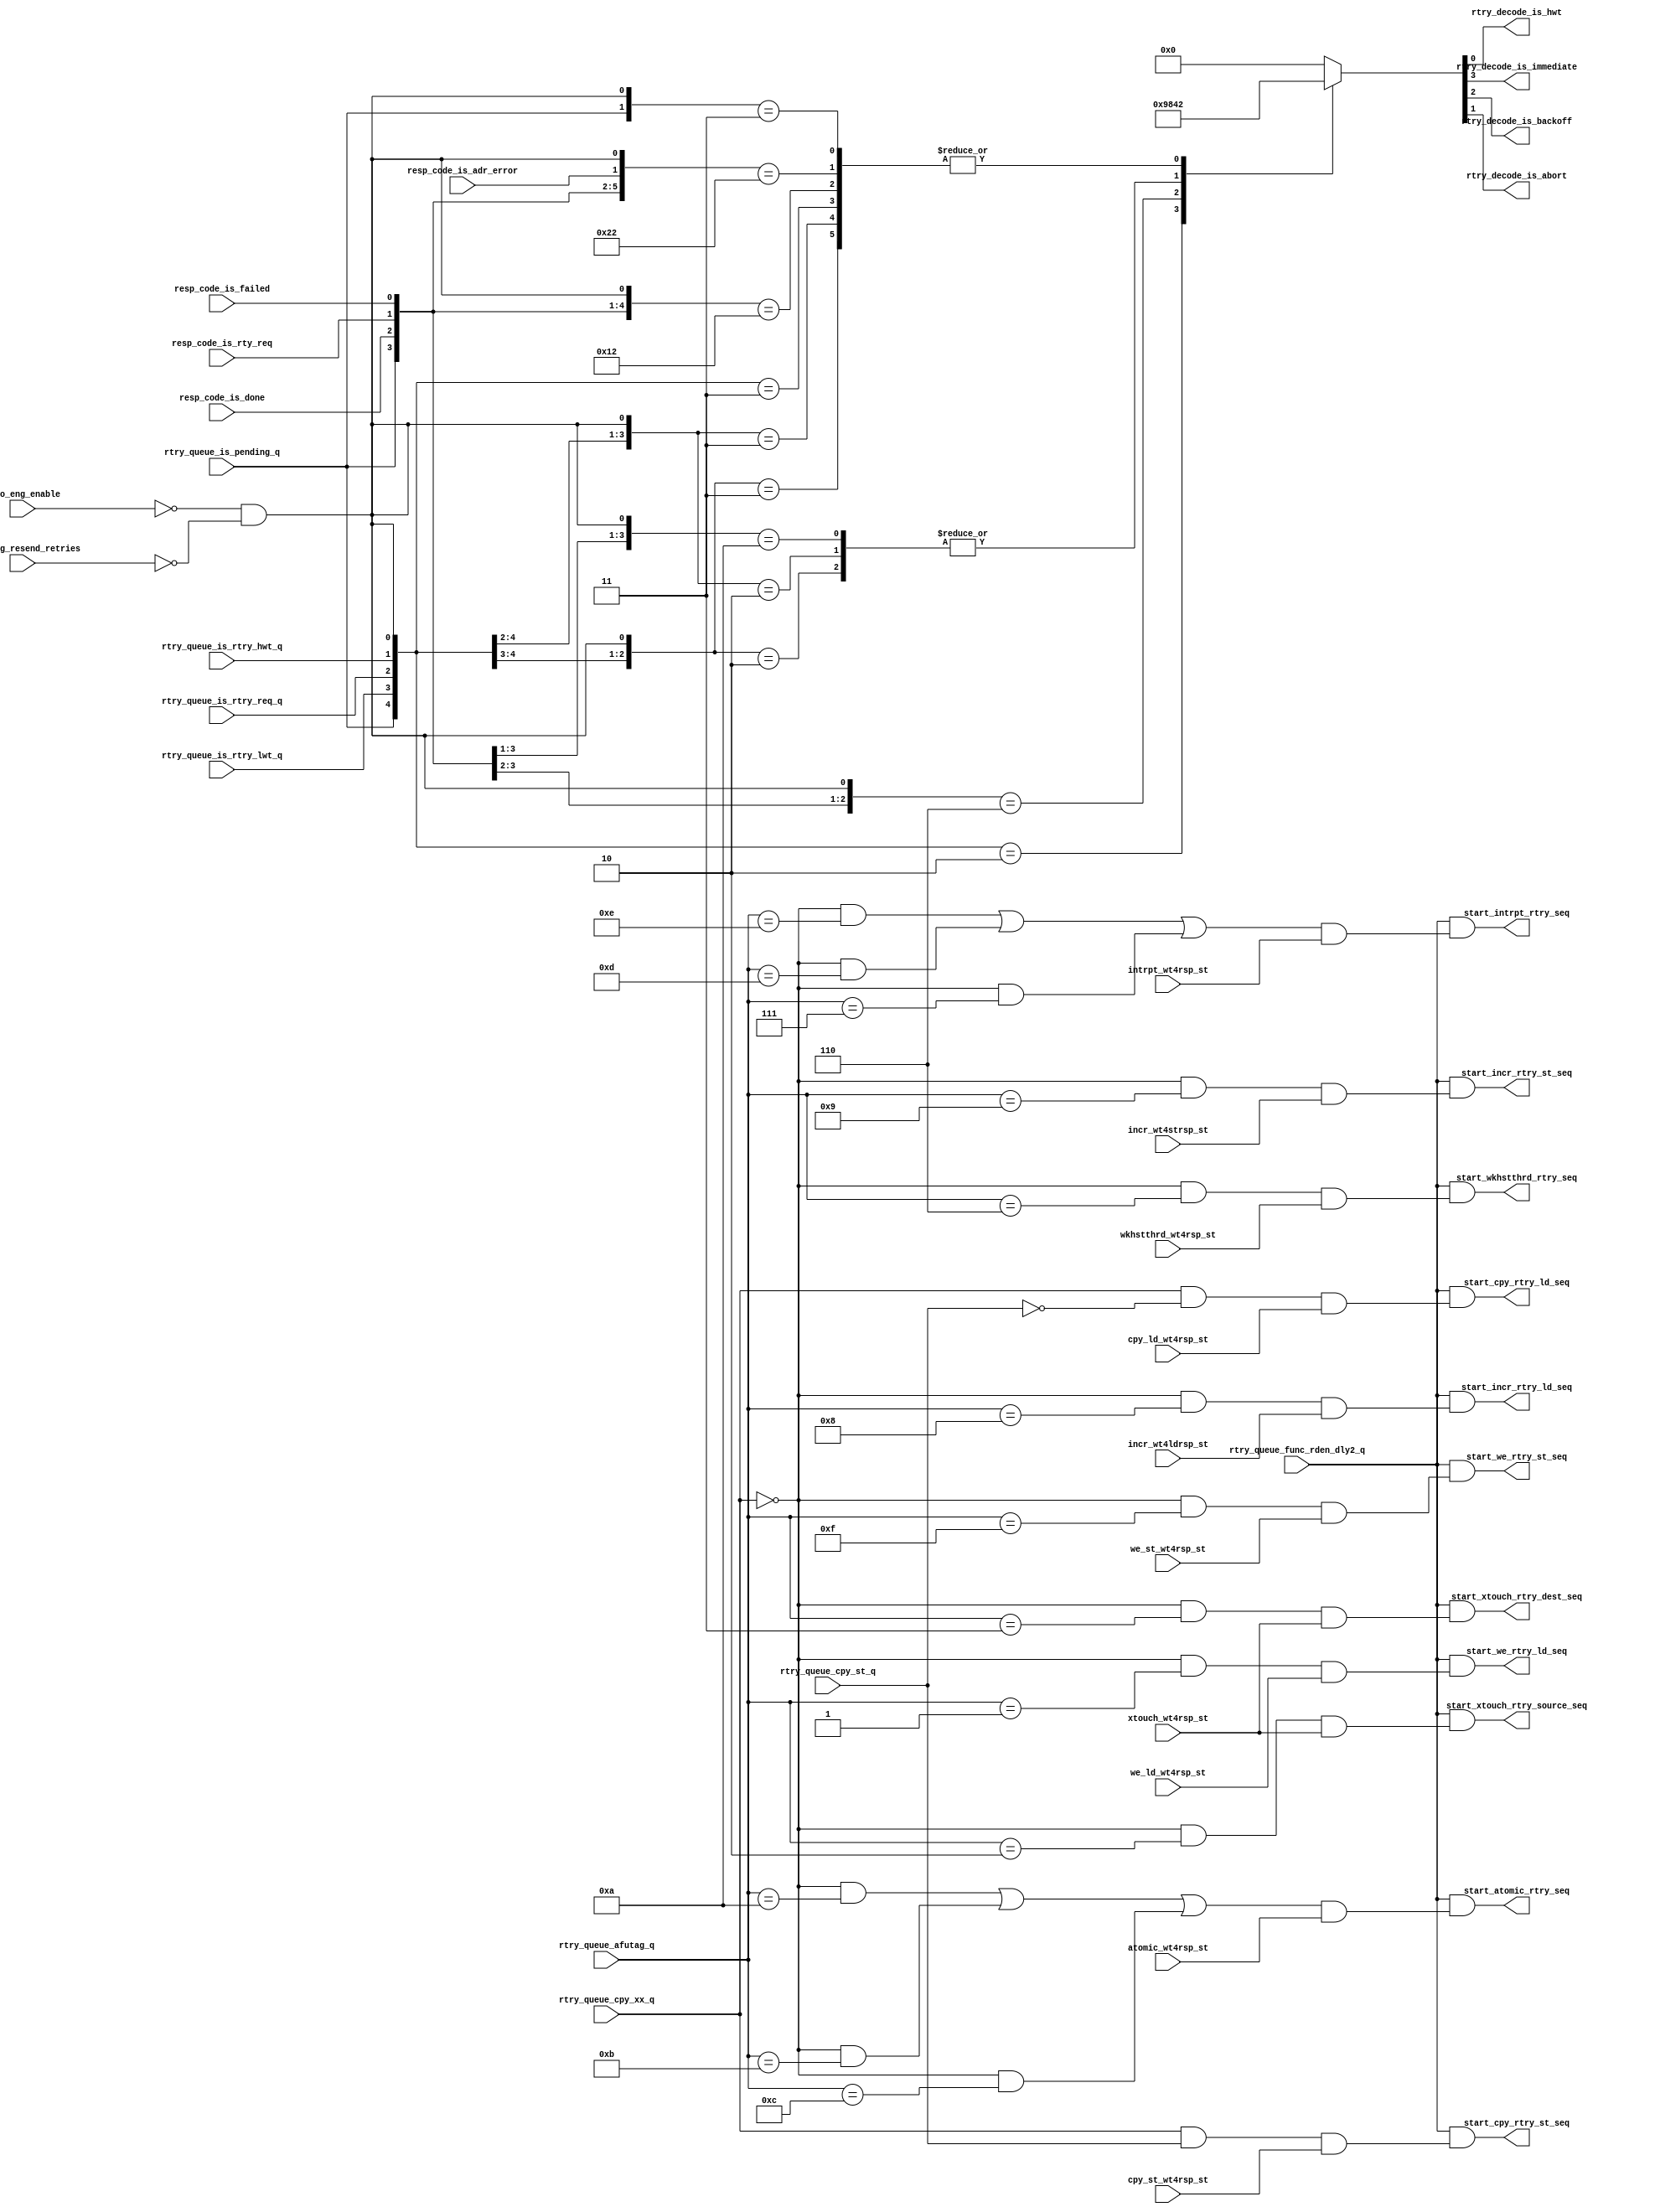
// *!***************************************************************************
// *! Copyright 2019 International Business Machines
// *!
// *! Licensed under the Apache License, Version 2.0 (the "License");
// *! you may not use this file except in compliance with the License.
// *! You may obtain a copy of the License at
// *! http://www.apache.org/licenses/LICENSE-2.0 
// *!
// *! The patent license granted to you in Section 3 of the License, as applied
// *! to the "Work," hereby includes implementations of the Work in physical form.  
// *!
// *! Unless required by applicable law or agreed to in writing, the reference design
// *! distributed under the License is distributed on an "AS IS" BASIS,
// *! WITHOUT WARRANTIES OR CONDITIONS OF ANY KIND, either express or implied.
// *! See the License for the specific language governing permissions and
// *! limitations under the License.
// *! 
// *! The background Specification upon which this is based is managed by and available from
// *! the OpenCAPI Consortium.  More information can be found at https://opencapi.org. 
// *!***************************************************************************
`timescale 1ns / 1ps

module afp3_eng_rtry_decode (
    input                 mmio_eng_enable
  , input                 mmio_eng_resend_retries

  // -- Indication that latched output of the rtry queue is valid
  , input                 rtry_queue_func_rden_dly2_q

  // -- Latched outputs from the Retry Queue Array
  , input                 rtry_queue_cpy_xx_q
  , input                 rtry_queue_cpy_st_q
  , input           [4:0] rtry_queue_afutag_q
  , input                 rtry_queue_is_pending_q
  , input                 rtry_queue_is_rtry_lwt_q
  , input                 rtry_queue_is_rtry_req_q
  , input                 rtry_queue_is_rtry_hwt_q

  // -- Raw outputs from the Resp Code Array corresponding to latched rtry queue output
  , input                 resp_code_is_done
  , input                 resp_code_is_rty_req
  , input                 resp_code_is_failed
  , input                 resp_code_is_adr_error

  // -- Sequencer states for qualifying rtry valids w/ afutags
  , input                 we_ld_wt4rsp_st
  , input                 xtouch_wt4rsp_st
  , input                 cpy_ld_wt4rsp_st
  , input                 cpy_st_wt4rsp_st
  , input                 wkhstthrd_wt4rsp_st
  , input                 incr_wt4ldrsp_st
  , input                 incr_wt4strsp_st
  , input                 atomic_wt4rsp_st
  , input                 intrpt_wt4rsp_st
  , input                 we_st_wt4rsp_st

  // -- Outputs
  , output                start_we_rtry_ld_seq
  , output                start_xtouch_rtry_source_seq
  , output                start_xtouch_rtry_dest_seq
  , output                start_cpy_rtry_ld_seq
  , output                start_cpy_rtry_st_seq
  , output                start_wkhstthrd_rtry_seq
  , output                start_incr_rtry_ld_seq 
  , output                start_incr_rtry_st_seq 
  , output                start_atomic_rtry_seq
  , output                start_intrpt_rtry_seq
  , output                start_we_rtry_st_seq

  , output                rtry_decode_is_hwt
  , output                rtry_decode_is_immediate 
  , output                rtry_decode_is_backoff
  , output                rtry_decode_is_abort

  );

  // -- ********************************************************************************************************************************
  // -- Signal declarations
  // -- ********************************************************************************************************************************

  // -- Retry Queue AFUTAG decode
  wire            rtry_queue_afutag_is_we_ld;
  wire            rtry_queue_afutag_is_xtouch_source;
  wire            rtry_queue_afutag_is_xtouch_dest;
  wire            rtry_queue_afutag_is_cpy_ld;
  wire            rtry_queue_afutag_is_cpy_st;
  wire            rtry_queue_afutag_is_wkhstthrd;
  wire            rtry_queue_afutag_is_intrpt_wht;
  wire            rtry_queue_afutag_is_incr_ld;
  wire            rtry_queue_afutag_is_incr_st;
  wire            rtry_queue_afutag_is_atomic_ld;
  wire            rtry_queue_afutag_is_atomic_st;
  wire            rtry_queue_afutag_is_atomic_cas;
  wire            rtry_queue_afutag_is_intrpt_err;
  wire            rtry_queue_afutag_is_intrpt_cmd;
  wire            rtry_queue_afutag_is_we_st;

  // -- Output AFUTAG decode groupings
  wire            rtry_queue_afutag_is_xtouch;
  wire            rtry_queue_afutag_is_cpy;
  wire            rtry_queue_afutag_is_incr;
  wire            rtry_queue_afutag_is_atomic;
  wire            rtry_queue_afutag_is_intrpt;

  wire      [8:0] rtry_decode_sel;
  reg       [3:0] rtry_decode;


  // -- ********************************************************************************************************************************
  // -- Constant declarations
  // -- ********************************************************************************************************************************

  // -- AFUTAG Encode
  localparam    [4:0] ACTAG_AFUTAG_ENCODE                      = 5'b00000;     // -- AFUTAG[4:0] for actag cmd                   ( AFUTAG[11] = b'1 )
  localparam    [4:0] WE_LD_AFUTAG_ENCODE                      = 5'b00001;     // -- AFUTAG[4:0] for we_ld cmd                   ( AFUTAG[11] = b'1 )
  localparam    [4:0] XTOUCH_SOURCE_AFUTAG_ENCODE              = 5'b00010;     // -- AFUTAG[4:0] for xtouch_source cmd           ( AFUTAG[11] = b'1 )
  localparam    [4:0] XTOUCH_DEST_AFUTAG_ENCODE                = 5'b00011;     // -- AFUTAG[4:0] for xtouch_dest cmd             ( AFUTAG[11] = b'1 )
  localparam    [4:0] WKHSTTHRD_AFUTAG_ENCODE                  = 5'b00110;     // -- AFUTAG[4:0] for wkhstthrd cmd               ( AFUTAG[11] = b'1 )
  localparam    [4:0] INTRPT_WHT_AFUTAG_ENCODE                 = 5'b00111;     // -- AFUTAG[4:0] for intrpt due to wkhstthrd cmd ( AFUTAG[11] = b'1, AFUTAG[12] = b'1 if "intrpt_w_data" )
  localparam    [4:0] INCR_LD_AFUTAG_ENCODE                    = 5'b01000;     // -- AFUTAG[4:0] for incr ld cmd                 ( AFUTAG[11] = b'1 )
  localparam    [4:0] INCR_ST_AFUTAG_ENCODE                    = 5'b01001;     // -- AFUTAG[4:0] for incr st cmd                 ( AFUTAG[11] = b'1 )
  localparam    [4:0] ATOMIC_LD_AFUTAG_ENCODE                  = 5'b01010;     // -- AFUTAG[4:0] for atomic ld cmd               ( AFUTAG[11] = b'1 )
  localparam    [4:0] ATOMIC_ST_AFUTAG_ENCODE                  = 5'b01011;     // -- AFUTAG[4:0] for atomic st cmd               ( AFUTAG[11] = b'1 )
  localparam    [4:0] ATOMIC_CAS_AFUTAG_ENCODE                 = 5'b01100;     // -- AFUTAG[4:0] for atomic cas cmd              ( AFUTAG[11] = b'1 )
  localparam    [4:0] INTRPT_ERR_AFUTAG_ENCODE                 = 5'b01101;     // -- AFUTAG[4:0] for intrpt due to error         ( AFUTAG[11] = b'1, AFUTAG[12] = b'1 if "intrpt_w_data" )
  localparam    [4:0] INTRPT_CMD_AFUTAG_ENCODE                 = 5'b01110;     // -- AFUTAG[4:0] for intrpt cmd                  ( AFUTAG[11] = b'1, AFUTAG[12] = b'1 if "intrpt_w_data" )
  localparam    [4:0] WE_ST_AFUTAG_ENCODE                      = 5'b01111;     // -- AFUTAG[4:0] for we_ld cmd                   ( AFUTAG[11] = b'1 )


  // -- ********************************************************************************************************************************
  // -- Decode AFUTAG from Retry Queue
  // -- ********************************************************************************************************************************

  // -- Response AFUTAG decodes
  assign  rtry_queue_afutag_is_we_ld          =  (~rtry_queue_cpy_xx_q && ( rtry_queue_afutag_q[4:0] ==  WE_LD_AFUTAG_ENCODE[4:0]        ));
  assign  rtry_queue_afutag_is_xtouch_source  =  (~rtry_queue_cpy_xx_q && ( rtry_queue_afutag_q[4:0] == XTOUCH_SOURCE_AFUTAG_ENCODE[4:0] ));
  assign  rtry_queue_afutag_is_xtouch_dest    =  (~rtry_queue_cpy_xx_q && ( rtry_queue_afutag_q[4:0] == XTOUCH_DEST_AFUTAG_ENCODE[4:0]   ));
//     assign  rtry_queue_afutag_is_cpy_ld         =  ( rtry_queue_cpy_xx_q &&   cpy_ld_wt4rsp_st                                            );
//     assign  rtry_queue_afutag_is_cpy_st         =  ( rtry_queue_cpy_xx_q &&   cpy_st_wt4rsp_st                                            );
  assign  rtry_queue_afutag_is_cpy_ld         =  ( rtry_queue_cpy_xx_q &&   ~rtry_queue_cpy_st_q  );
  assign  rtry_queue_afutag_is_cpy_st         =  ( rtry_queue_cpy_xx_q &&    rtry_queue_cpy_st_q  );
  assign  rtry_queue_afutag_is_wkhstthrd      =  (~rtry_queue_cpy_xx_q && ( rtry_queue_afutag_q[4:0] == WKHSTTHRD_AFUTAG_ENCODE [4:0]    ));
  assign  rtry_queue_afutag_is_intrpt_wht     =  (~rtry_queue_cpy_xx_q && ( rtry_queue_afutag_q[4:0] == INTRPT_WHT_AFUTAG_ENCODE[4:0]    ));  // -- AFUTAG[12] = b'1 if "intrpt_w_data"
  assign  rtry_queue_afutag_is_incr_ld        =  (~rtry_queue_cpy_xx_q && ( rtry_queue_afutag_q[4:0] == INCR_LD_AFUTAG_ENCODE[4:0]       ));
  assign  rtry_queue_afutag_is_incr_st        =  (~rtry_queue_cpy_xx_q && ( rtry_queue_afutag_q[4:0] == INCR_ST_AFUTAG_ENCODE[4:0]       ));
  assign  rtry_queue_afutag_is_atomic_ld      =  (~rtry_queue_cpy_xx_q && ( rtry_queue_afutag_q[4:0] == ATOMIC_LD_AFUTAG_ENCODE[4:0]     ));
  assign  rtry_queue_afutag_is_atomic_st      =  (~rtry_queue_cpy_xx_q && ( rtry_queue_afutag_q[4:0] == ATOMIC_ST_AFUTAG_ENCODE[4:0]     ));
  assign  rtry_queue_afutag_is_atomic_cas     =  (~rtry_queue_cpy_xx_q && ( rtry_queue_afutag_q[4:0] == ATOMIC_CAS_AFUTAG_ENCODE[4:0]    ));
  assign  rtry_queue_afutag_is_intrpt_err     =  (~rtry_queue_cpy_xx_q && ( rtry_queue_afutag_q[4:0] == INTRPT_ERR_AFUTAG_ENCODE[4:0]    ));  // -- AFUTAG[12] = b'1 if "intrpt_w_data"
  assign  rtry_queue_afutag_is_intrpt_cmd     =  (~rtry_queue_cpy_xx_q && ( rtry_queue_afutag_q[4:0] == INTRPT_CMD_AFUTAG_ENCODE[4:0]    ));  // -- AFUTAG[12] = b'1 if "intrpt_w_data"
  assign  rtry_queue_afutag_is_we_st          =  (~rtry_queue_cpy_xx_q && ( rtry_queue_afutag_q[4:0] == WE_ST_AFUTAG_ENCODE[4:0]         ));
 
  // -- Group Response AFUTAG decodes for sequencers that can issue more than one type of command
  assign  rtry_queue_afutag_is_cpy     =  ( rtry_queue_afutag_is_cpy_ld        || rtry_queue_afutag_is_cpy_st );            // -- cpy_ld or cpy_st
  assign  rtry_queue_afutag_is_xtouch  =  ( rtry_queue_afutag_is_xtouch_source || rtry_queue_afutag_is_xtouch_dest );       // -- xtouch seq issues two commands - both can be outstanding
  assign  rtry_queue_afutag_is_incr    =  ( rtry_queue_afutag_is_incr_ld       || rtry_queue_afutag_is_incr_st );           // -- incr   seq issues two commands - serially. (ld must complete before st can be issued)
  assign  rtry_queue_afutag_is_atomic  =  ( rtry_queue_afutag_is_atomic_ld     || rtry_queue_afutag_is_atomic_st  || rtry_queue_afutag_is_atomic_cas );  // -- atomic seq issues only 1 cmd (can be 1 of 3 types) 
  assign  rtry_queue_afutag_is_intrpt  =  ( rtry_queue_afutag_is_intrpt_cmd    || rtry_queue_afutag_is_intrpt_err || rtry_queue_afutag_is_intrpt_wht );  // -- intrpt seq issues only 1 cmd (can be 1 of 3 types)

  // -- When AFU is disabled, do not re-send commands that received retry responses, unless mode bit is set.
  // --   The easiest way to do this is to treat all retries as if they received a failed response, and abort the command.
  assign  abort_all_retries  = ~mmio_eng_enable & ~mmio_eng_resend_retries;

  // -- Decode the rtry queue output and resp code array output
  assign  rtry_decode_sel[8:0] =  { rtry_queue_is_pending_q, rtry_queue_is_rtry_lwt_q, rtry_queue_is_rtry_req_q, rtry_queue_is_rtry_hwt_q,
                                    resp_code_is_done, resp_code_is_rty_req, resp_code_is_failed, resp_code_is_adr_error, abort_all_retries };
  always @*
    begin
      casez ( rtry_decode_sel[8:0] )
        // --
        // --  Inputs                   
        // --  --------------------     
        // --  rtry_queue_is_pending_q    
        // --  |rtry_queue_is_rtry_lwt_q  
        // --  ||rtry_queue_is_rtry_req_q 
        // --  |||rtry_queue_is_rtry_hwt_q           Outputs
        // --  ||||                                  ------------------
        // --  |||| resp_code_is_done                rtry_decode_is_immediate
        // --  |||| |resp_is_rty_req                 |rtry_decode_is_backoff
        // --  |||| ||resp_is_failed                 ||rtry_decode_is_abort
        // --  |||| |||resp_is_adr_error             ||| rtry_decode_is_hwt
        // --  |||| ||||abort_all_retries            ||| |
        // --  |||| |||||                            ||| |
        // --  8765 43210                            321 0
        // -----------------------------------------------
            9'b01??_????0  :  rtry_decode[3:0] =  4'b010_0 ; 
            9'b001?_????0  :  rtry_decode[3:0] =  4'b010_0 ; 
            9'b0001_????0  :  rtry_decode[3:0] =  4'b100_1 ; 
        // -----------------------------------------------
            9'b01??_????1  :  rtry_decode[3:0] =  4'b001_0 ; 
            9'b001?_????1  :  rtry_decode[3:0] =  4'b001_0 ; 
            9'b0001_????1  :  rtry_decode[3:0] =  4'b001_0 ; 
        // -----------------------------------------------
            9'b1???_1???0  :  rtry_decode[3:0] =  4'b100_0 ; 
            9'b1???_01??0  :  rtry_decode[3:0] =  4'b010_0 ; 
            9'b1???_001?0  :  rtry_decode[3:0] =  4'b001_0 ; 
            9'b1???_00010  :  rtry_decode[3:0] =  4'b001_0 ; 
            9'b1???_????1  :  rtry_decode[3:0] =  4'b001_0 ; 
        // -----------------------------------------------
            default        :  rtry_decode[3:0] =  4'b000_0 ;
        // -----------------------------------------------
      endcase
    end // -- always @ *

  assign  rtry_decode_is_immediate =  rtry_decode[3];
  assign  rtry_decode_is_backoff   =  rtry_decode[2];
  assign  rtry_decode_is_abort     =  rtry_decode[1];
  assign  rtry_decode_is_hwt       =  rtry_decode[0];

  // -- start the appropriate sequencer depending upon which is in its Wt4Rsp State
  assign  start_we_rtry_ld_seq         =  ( rtry_queue_func_rden_dly2_q && ( rtry_queue_afutag_is_we_ld         &&     we_ld_wt4rsp_st ));
  assign  start_xtouch_rtry_source_seq =  ( rtry_queue_func_rden_dly2_q && ( rtry_queue_afutag_is_xtouch_source &&    xtouch_wt4rsp_st ));
  assign  start_xtouch_rtry_dest_seq   =  ( rtry_queue_func_rden_dly2_q && ( rtry_queue_afutag_is_xtouch_dest   &&    xtouch_wt4rsp_st ));
  assign  start_cpy_rtry_ld_seq        =  ( rtry_queue_func_rden_dly2_q && ( rtry_queue_afutag_is_cpy_ld        &&    cpy_ld_wt4rsp_st ));
  assign  start_cpy_rtry_st_seq        =  ( rtry_queue_func_rden_dly2_q && ( rtry_queue_afutag_is_cpy_st        &&    cpy_st_wt4rsp_st ));
  assign  start_wkhstthrd_rtry_seq     =  ( rtry_queue_func_rden_dly2_q && ( rtry_queue_afutag_is_wkhstthrd     && wkhstthrd_wt4rsp_st ));
  assign  start_incr_rtry_ld_seq       =  ( rtry_queue_func_rden_dly2_q && ( rtry_queue_afutag_is_incr_ld       &&    incr_wt4ldrsp_st ));
  assign  start_incr_rtry_st_seq       =  ( rtry_queue_func_rden_dly2_q && ( rtry_queue_afutag_is_incr_st       &&    incr_wt4strsp_st ));
  assign  start_atomic_rtry_seq        =  ( rtry_queue_func_rden_dly2_q && ( rtry_queue_afutag_is_atomic        &&    atomic_wt4rsp_st ));
  assign  start_intrpt_rtry_seq        =  ( rtry_queue_func_rden_dly2_q && ( rtry_queue_afutag_is_intrpt        &&    intrpt_wt4rsp_st ));
  assign  start_we_rtry_st_seq         =  ( rtry_queue_func_rden_dly2_q && ( rtry_queue_afutag_is_we_st         &&     we_st_wt4rsp_st ));

endmodule